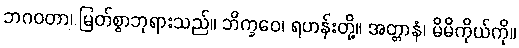
ဘဂဝတာ၊ မြတ်စွာဘုရားသည်။ ဘိက္ခဝေ၊ ရဟန်းတို့။ အတ္တာနံ၊ မိမိကိုယ်ကို။